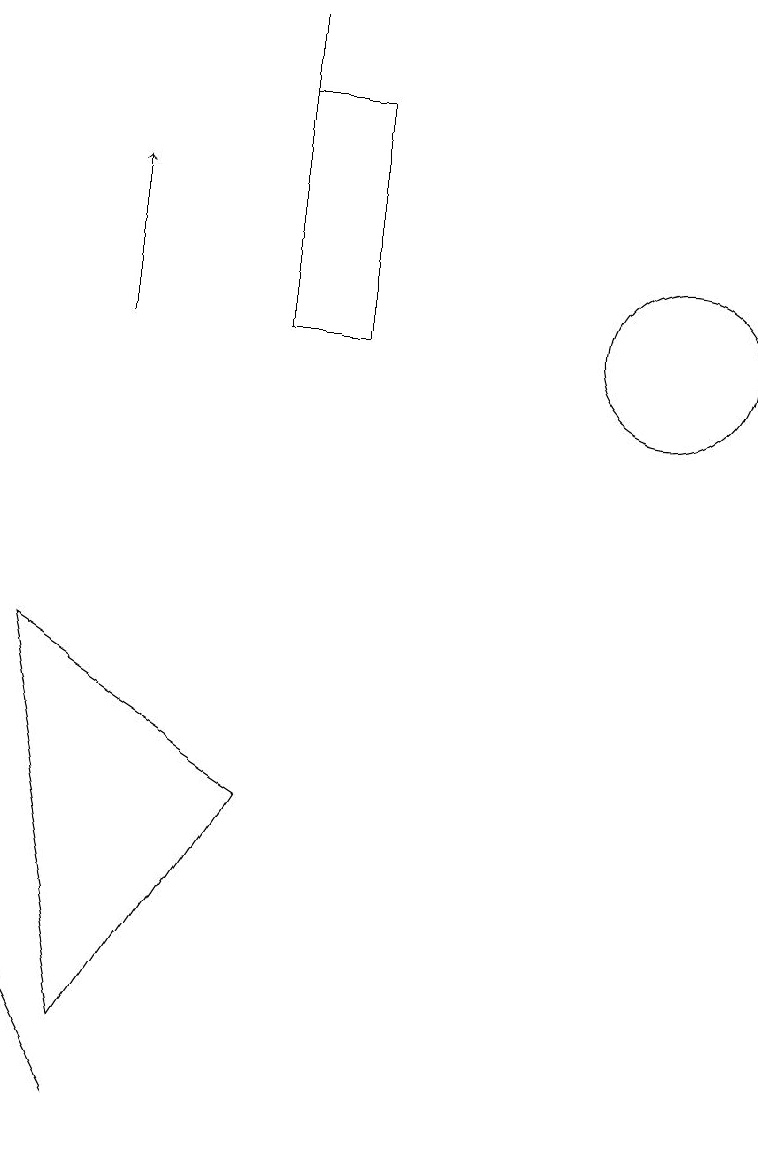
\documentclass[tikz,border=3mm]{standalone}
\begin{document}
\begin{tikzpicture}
\draw (10,10) circle (1);
\draw (6,13) rectangle (5,10);
\draw (5,10) rectangle (5,14);
\draw (2,6) -- (3,1) -- (5,4) -- cycle;
\draw (3,0) -- (2,2) -- (3,0) -- cycle;
\draw[->] (3,10) -- (3,12);
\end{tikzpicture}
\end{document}